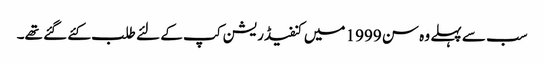
سب سے پہلے وہ سن 1999 میں کنفیڈریشن کپ کے لئے طلب کئے گئے تھے۔